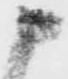
申